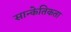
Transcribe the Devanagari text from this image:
सान्केतिकता